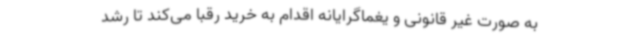
به صورت غیر قانونی و یغماگرایانه اقدام به خرید رقبا می‌کند تا رشد